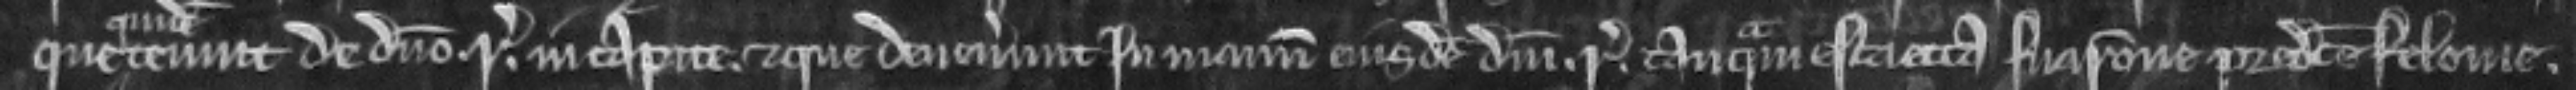
que tenuit de domino. rege. in capite. et que deuenerunt In manum ejusde domini. regis. tanquam estcaetta sua ratione predicte felonie.